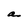
Character: a